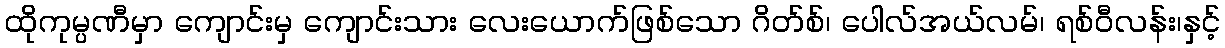
ထိုကုမ္ပဏီမှာ ကျောင်းမှ ကျောင်းသား လေးယောက်ဖြစ်သော ဂိတ်စ်၊ ပေါလ်အယ်လမ်၊ ရစ်ဝီလန်း၊နှင့်